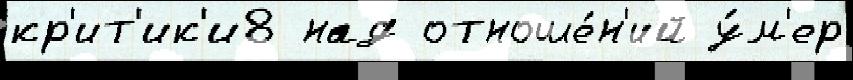
кр'ит'ик'и8 над отноше́н'ий у́м'ер